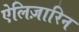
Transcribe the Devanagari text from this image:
ऐलिज़ारिन